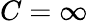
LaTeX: C=\infty